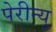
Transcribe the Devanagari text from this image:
पेरीन्यु